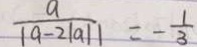
\frac { a } { \vert a - 2 \vert a \vert \vert } = - \frac { 1 } { 3 }